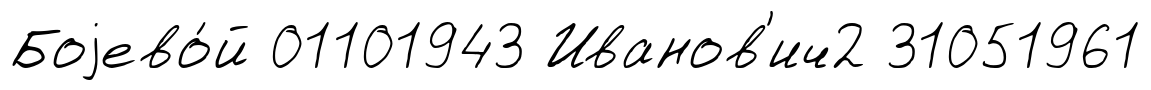
Боjево́й 01101943 Иванов'ич2 31051961